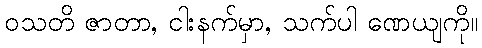
ဝသတိ ဇာတာ, ငါးနက်မှာ, သက်ပါ ဏေယျကို။